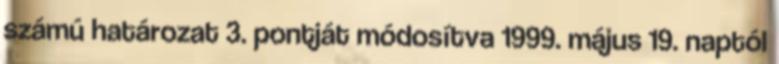
számú határozat 3. pontját módosítva 1999. május 19. naptól